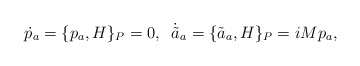
\begin{align*}\dot{p}_a = \{ p_a, H \}_P = 0,\;\; \dot{\tilde a}{ }_a = \{ \tilde{a}_a, H \}_P = iM p_a,\end{align*}